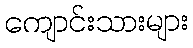
ကျောင်းသားများ